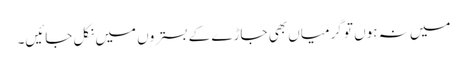
میں نہ ہوں تو گرمیاں بھی جاڑے کے بستروں میں نکل جائیں۔